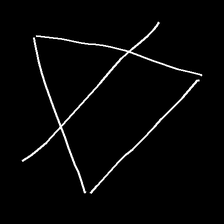
Glyph: empower